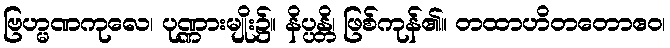
ဗြဟ္မဏကုလေ၊ ပုဏ္ဏားမျိုး၌။ နိပ္ပန္တိ၊ ဖြစ်ကုန်၏။ တထာဟိတတောဧဝ၊